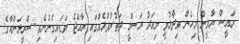
ރައީސް ޔާމީން މިހެން ވިދާޅުވީ މިއަދު ރަސްމީ ދަތުރުފުޅެއްގައި ރާއްޖެ ވަޑައިގެންނެވި ސްރީލަންކާގެ